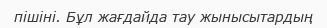
пішіні. Бұл жағдайда тау жынысытардың